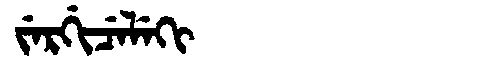
Manchu: ᠵᡝᡵᡤᡳᠴᡝᠯᡝᡴᡳ
Romanization: JERGICELEKI